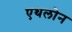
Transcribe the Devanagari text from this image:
एथलोन